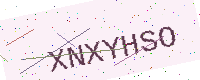
Text: XNXYHSO